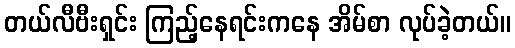
တယ်လီဗီးရှင်း ကြည့်နေရင်းကနေ အိမ်စာ လုပ်ခဲ့တယ်။